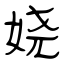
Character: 娆